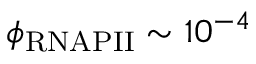
\phi _ { \mathrm { R N A P I I } } \sim 1 0 ^ { - 4 }